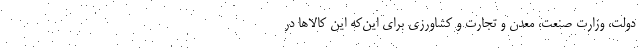
دولت، وزارت صنعت، معدن و تجارت و کشاورزی برای این‌که این کالاها در